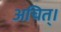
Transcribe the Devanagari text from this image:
अचित्‌।